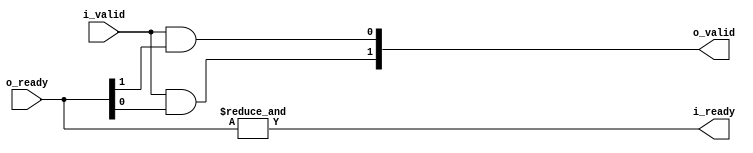
`default_nettype none

// Dataflow fork for valid and ready handshake.
// This implementation was based on the following article by @ikwzm.
// https://qiita.com/ikwzm/items/e4ec2290e08326f5e06c

module dataflow_fork(
    input wire i_valid,
    output wire i_ready,
    output wire [1:0] o_valid,
    input wire [1:0] o_ready);

    assign i_ready = &o_ready;
    assign o_valid = { i_valid && o_ready[0], i_valid && o_ready[1] };

endmodule